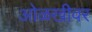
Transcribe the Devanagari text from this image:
ओळखीवर